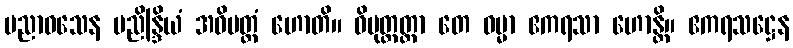
ပညာဝသေန ပညိန္ဒြိယံ အဓိမတ္တံ ဟောတိ။ ဝိမုတ္တတ္တာ တေ ဓမ္မာ ဧကရသာ ဟောန္တိ။ ဧကရသဋ္ဌေန